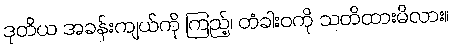
ဒုတိယ အခန်းကျယ်ကို ကြည့်၊ တံခါးဝကို သတိထားမိလား။